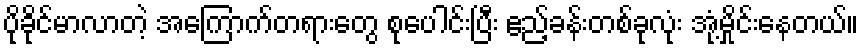
ပိုခိုင်မာလာတဲ့ အကြောက်တရားတွေ စုပေါင်းပြီး ဧည့်ခန်းတစ်ခုလုံး အုံ့မှိုင်းနေတယ်။